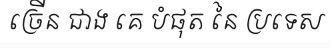
ច្រើន ជាង គេ បំផុត នៃ ប្រទេស